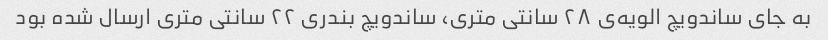
به جای ساندویچ الویه‌ی ۲۸ سانتی متری، ساندویچ بندری ۲۲ سانتی متری ارسال شده بود